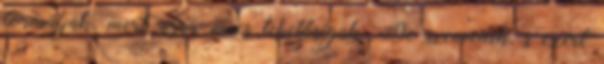
formálják, mert arra nincs lehetőségük. De szenvedik, s ezért